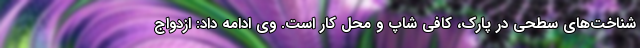
شناخت‌های سطحی در پارک، کافی شاپ و محل کار است. وی ادامه داد: ازدواج